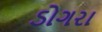
ડોગરા